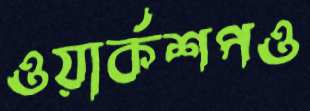
ওয়ার্কশপও